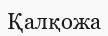
Қалқожа